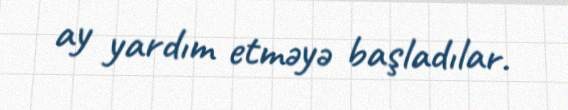
ay yardım etməyə başladılar.